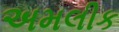
અમલીક